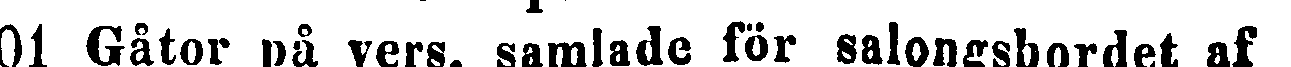
201 Gåtor på vers, samlade för salongsbordet af